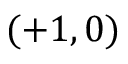
( + 1 , 0 )